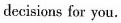
decisions for you.